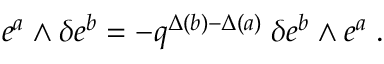
e ^ { a } \wedge \delta e ^ { b } = - q ^ { \Delta ( b ) - \Delta ( a ) } \; \delta e ^ { b } \wedge e ^ { a } \; .